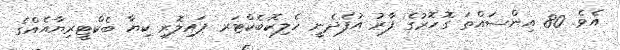
އެވެ. 80 އިންސައްތަ ގޮހޮރުގެ ފާރު އުފެދެނީ ހެލިކޮބެކްޓަރ ޕައިލޮރި ކިޔާ ބެކްޓީރިޔާއެއްގެ